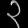
Digit: ၃